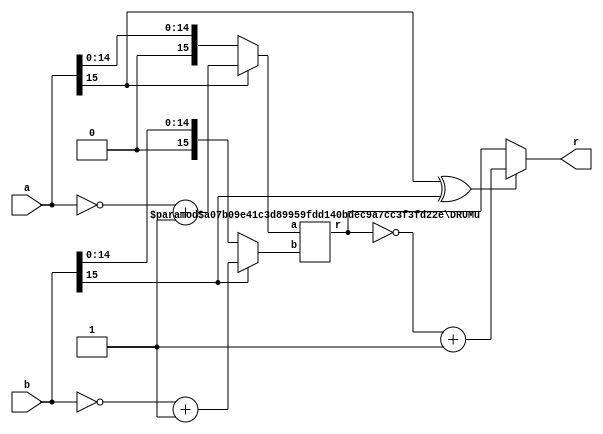
/*
Copyright (c) 2015 Soheil Hashemi (soheil_hashemi@brown.edu)
              2018 German Research Center for Artificial Intelligence (DFKI)

Permission is hereby granted, free of charge, to any person
obtaining a copy of this software and associated documentation
files (the "Software"), to deal in the Software without
restriction, including without limitation the rights to use,
copy, modify, merge, publish, distribute, sublicense, and/or sell
copies of the Software, and to permit persons to whom the
Software is furnished to do so, subject to the following
conditions:

The above copyright notice and this permission notice shall be
included in all copies or substantial portions of the Software.

THE SOFTWARE IS PROVIDED "AS IS", WITHOUT WARRANTY OF ANY KIND,
EXPRESS OR IMPLIED, INCLUDING BUT NOT LIMITED TO THE WARRANTIES
OF MERCHANTABILITY, FITNESS FOR A PARTICULAR PURPOSE AND
NONINFRINGEMENT. IN NO EVENT SHALL THE AUTHORS OR COPYRIGHT
HOLDERS BE LIABLE FOR ANY CLAIM, DAMAGES OR OTHER LIABILITY,
WHETHER IN AN ACTION OF CONTRACT, TORT OR OTHERWISE, ARISING
FROM, OUT OF OR IN CONNECTION WITH THE SOFTWARE OR THE USE OR
OTHER DEALINGS IN THE SOFTWARE.

Approximate Multiplier Design Details Provided in:
Soheil Hashemi, R. Iris Bahar, and Sherief Reda, "DRUM: A Dynamic
Range Unbiased Multiplier for Approximate Applications" In
Proceedings of the IEEE/ACM International Conference on
Computer-Aided Design (ICCAD). 2015. 

*/

module DRUMs
    # (parameter N=16, parameter K=4)
    (a, b, r);

    input [N-1:0] a;
    input [N-1:0] b;
    output [2*N-1:0] r;

    wire [N-1:0] a_temp;
    wire [N-1:0] b_temp;
    wire [2*N-1:0] r_temp;
    wire out_sign;

    DRUMu #(.N(N), .K(K)) U1 (.a(a_temp), .b(b_temp), .r(r_temp));

    assign a_temp = a[N-1] ? ~a + 1 : a;
    assign b_temp = b[N-1] ? ~b + 1 : b;
    assign out_sign = a[N-1] ^ b[N-1];
    assign r = out_sign ? ~ r_temp + 1 : r_temp;

endmodule

module DRUMu
    # (parameter N=16, parameter K=6)
    (a, b, r);

    input [N-1:0] a;
    input [N-1:0] b;
    output [2*N-1:0] r;

    wire [$clog2(N)-1:0] k1;
    wire [$clog2(N)-1:0] k2;
    wire [K-3:0] m;
    wire [K-3:0] n;
    wire [N-1:0] l1;
    wire [N-1:0] l2;
    wire [(K*2)-1:0] tmp;
    wire [$clog2(N)-1:0] p;
    wire [$clog2(N)-1:0] q;
    wire [$clog2(N):0]sum;
    wire [K-1:0] mm;
    wire [K-1:0] nn;

    DRUM_LOD_k #(.N(N)) u1 (.in_a(a), .out_a(l1));
    DRUM_LOD_k #(.N(N)) u2 (.in_a(b), .out_a(l2));

    DRUM_P_Encoder_k #(.N(N)) u3 (.in_a(l1), .out_a(k1));
    DRUM_P_Encoder_k #(.N(N)) u4 (.in_a(l2), .out_a(k2));

    DRUM_Mux_16_3_k #(.N(N), .K(K)) u5 (.in_a(a), .select(k1), .out(n));
    DRUM_Mux_16_3_k #(.N(N), .K(K)) u6 (.in_a(b), .select(k2), .out(m));

    DRUM_Barrel_Shifter_k #(.K(K), .N(N)) u7 (.in_a(tmp), .count(sum), .out_a(r));

    assign p = k1 > (K-1) ? k1 - (K-1) : 0;
    assign q = k2 > (K-1) ? k2 - (K-1) : 0;
    assign mm = k1 > (K-1) ? {1'b1, n, 1'b1} : a[K-1:0];
    assign nn = k2 > (K-1) ? {1'b1, m, 1'b1} : b[K-1:0];
    assign tmp = mm * nn;
    assign sum = p + q;

endmodule


module DRUM_LOD_k
    # (parameter N=16)
    (in_a, out_a);

    input [N-1:0]in_a;
    output reg [N-1:0]out_a;
    integer k,j;
    reg [N-1:0]w;

    always @ (*) begin
        out_a[N-1]=in_a[N-1];
        w[N-1]=in_a[N-1]?0:1;
        for (k=N-2;k>=0;k=k-1)
            begin
            w[k]=in_a[k]?0:w[k+1];
            out_a[k]=w[k+1]&in_a[k];
            end
    end

endmodule


module DRUM_P_Encoder_k
    # (parameter N=16)
    (in_a, out_a);

    input [N-1:0]in_a;
    output reg [$clog2(N)-1:0]out_a;
    integer i;

    always @ (*) begin
        out_a = 0;
        for (i=N-1; i>=0; i=i-1)
            if (in_a[i]) out_a = i[$clog2(N)-1:0];
    end

endmodule


module DRUM_Barrel_Shifter_k
    # (parameter N=16, parameter K=6)
    (in_a, count, out_a);

    input [$clog2(N):0]count;
    input [(K*2)-1:0]in_a;
    output [2*N-1:0]out_a;
    wire [2*N-1:0] tmp;

    assign tmp = {{((2*N)-(K*2)){1'b0}}, in_a};
    assign out_a=(tmp<<count);

endmodule


module DRUM_Mux_16_3_k
    #(parameter N=16, parameter K=6)
    (in_a, select, out);

    input [$clog2(N)-1:0]select;
    input [N-1:0]in_a;
    output reg [K-3:0]out;
    integer i;

    always @(*) begin
        out = 0;
        for (i = K;i<(N);i=i+1) begin :mux_gen_block
            if (select == i[$clog2(N)-1:0])
                out = in_a[i-1 -: K-2];
        end
    end

endmodule